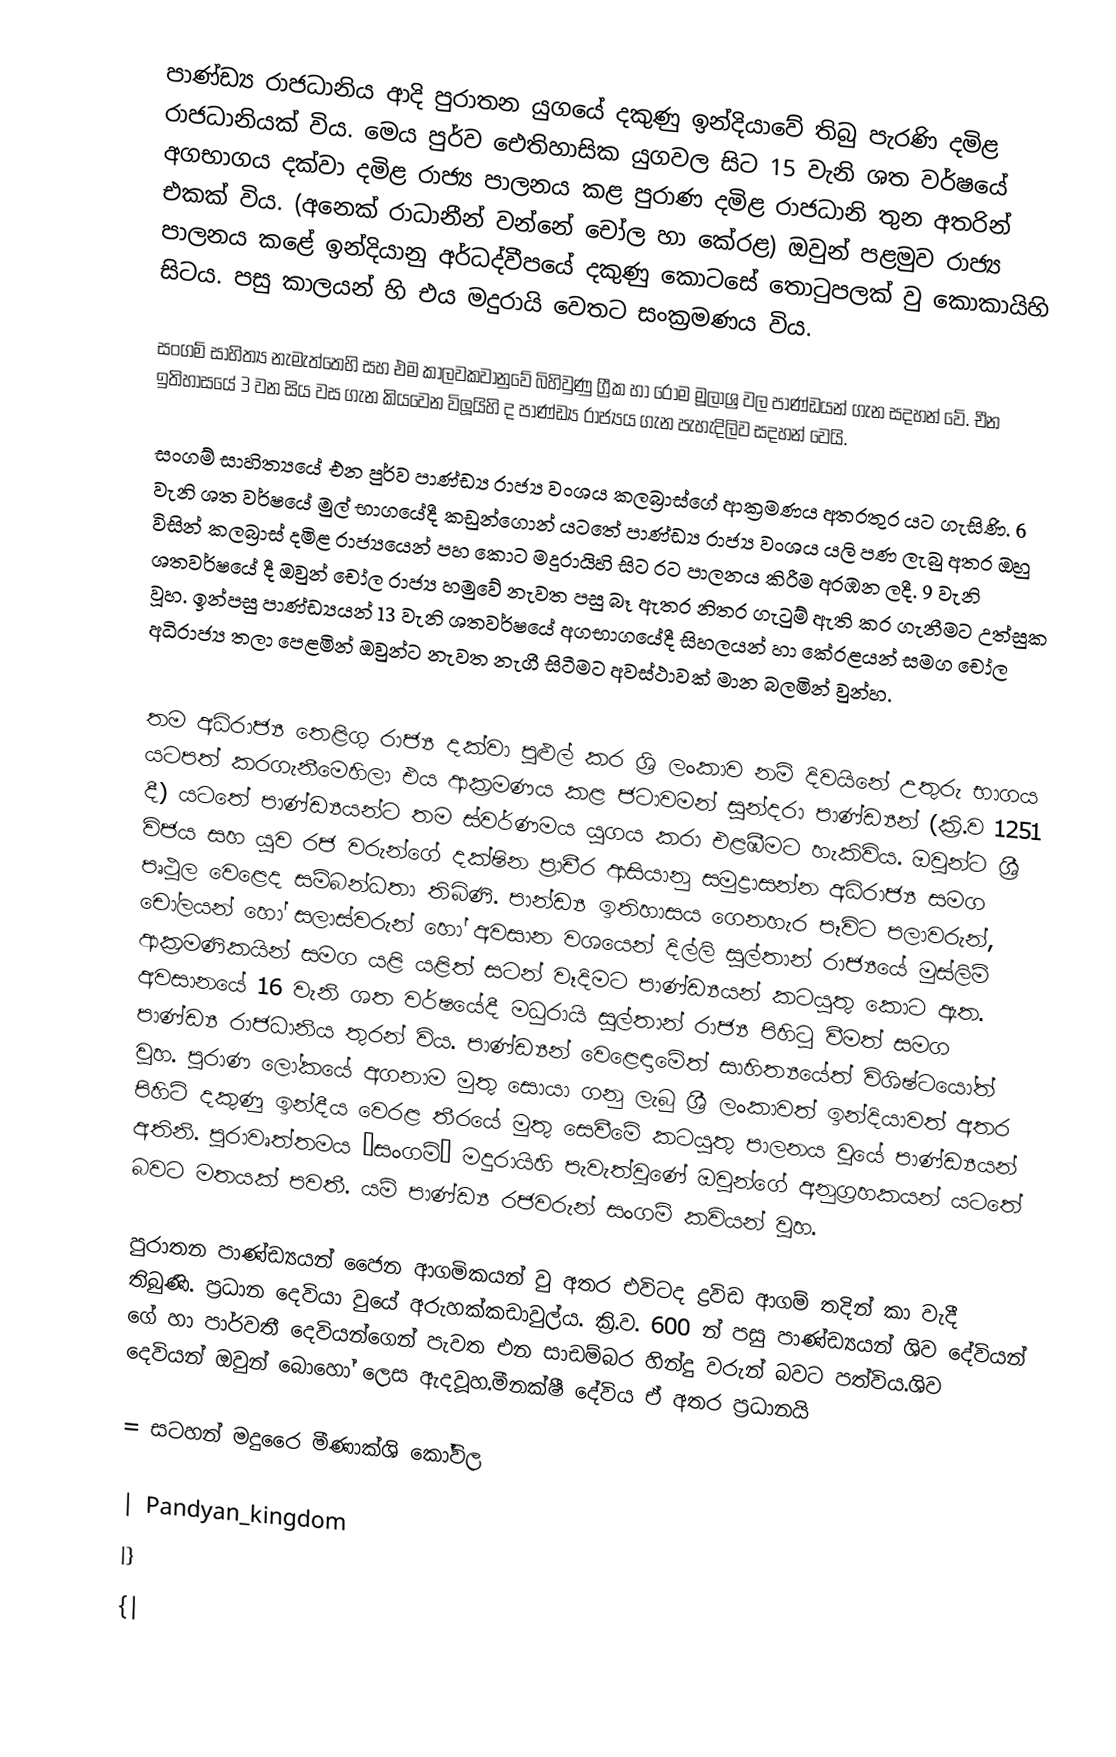
පාණ්ඩ්‍ය රාජධානිය ආදි පුරාතන යුගයේ දකුණු ඉන්දියාවේ තිබු පැරණි දමිළ රාජධානියක් විය. මෙය පුර්ව ඓතිහාසික යුගවල සිට 15 වැනි ශත වර්ෂයේ අගභාගය දක්වා දමිළ රාජ්‍ය පාලනය කළ පුරාණ දමිළ රාජධානි තුන අතරින් එකක් විය. (අනෙක් රාධානීන් වන්නේ චෝල හා කේරළ) ඔවුන් පළමුව රාජ්‍ය පාලනය කළේ ඉන්දියානු අර්ධද්වීපයේ දකුණු කොටසේ තොටුපලක් වු කොකායිහි සිටය. පසු කාලයන් හි එය මදුරායි වෙතට සංක්‍රමණය විය.

සංගම් සාහිත්‍ය නැමැත්තෙහි සහ එම කාලවකවානුවේ බිහිවුණු ග්‍රීක හා රෝම මූලාශ්‍ර වල පාණ්ඩයන් ගැන සදහන් වේ. චීන ඉතිහාසයේ 3 වන සිය වස ගැන කියවෙන විලූයිහි ද පාණ්ඩ්‍ය රාජ්‍යය ගැන පැහැදිලිව සදහන් වෙයි.

සංගම් සාහිත්‍යයේ එන පුර්ව පාණ්ඩ්‍ය රාජ්‍ය වංශය කලබ්‍රාස්ගේ ආක්‍රමණය අතරතුර යට ගැසිණි. 6 වැනි ශත වර්ෂයේ මුල් භාගයේදී කඩුන්ගොන් යටතේ පාණ්ඩ්‍ය රාජ්‍ය වංශය යලි පණ ලැබු අතර ඔහු විසින් කලබ්‍රාස් දමිළ රාජ්‍යයෙන් පහ කොට මදුරායිහි සිට රට පාලනය කිරීම අරඹන ලදී. 9 වැනි ශතවර්ෂයේ දී ඔවුන් චෝල  රාජ්‍ය හමුවේ නැවත පසු බෑ ඇතර නිතර ගැටුම් ඇති කර ගැනීමට උත්සුක වූහ. ඉන්පසු පාණ්ඩ්‍යයන් 13 වැනි ශතවර්ෂයේ අගභාගයේදී සිහලයන් හා කේරළයන් සමග චෝල අධිරාජ්‍ය තලා පෙළමින් ඔවුන්ට නැවත නැගී සිටීමට අවස්ථාවක් මාන බලමින් වුන්හ.

තම අධිරාජ්‍ය තෙළිගු රාජ්‍ය දක්වා පුළුල් කර ශ්‍රි ලංකාව නම් දිවයිනේ උතුරු භාගය යටපත් කරගැනීමෙහිලා එය ආක්‍රමණය කළ ජටාවමන් සුන්දරා පාණ්ඩ්‍යන් (ක්‍රි.ව 1251 දී) යටතේ පාණ්ඩ්‍යයන්ට තම ස්වර්ණමය යුගය කරා එළඹීමට හැකිවිය. ඔවුන්ට ශ්‍රී විජය සහ යුව රජ වරුන්ගේ දක්ෂින ප්‍රාචීර  ආසියානු සමුද්‍රාසන්න අධිරාජ්‍ය සමග පෘථුල වෙළෙද සම්බන්ධතා තිබිණි. පාන්ඩ්‍ය ඉතිහාසය ගෙනහැර පෑවිට පලාවරුන්, චෝලයන් හෝ සලාස්වරුන් හෝ අවසාන වශයෙන් දිල්ලි සුල්තාන් රාජ්‍යයේ මුස්ලිම් ආක්‍රමණිකයින් සමග යළි යළිත් සටන් වෑදිමට පාණ්ඩ්‍යයන් කටයුතු කොට ඇත. අවසානයේ 16 වැනි ශත වර්ෂයේදී මධුරායි සුල්තාන් රාජ්‍ය පිහිටු වීමත් සමග පාණ්ඩ්‍ය රාජධානිය තුරන් විය. පාණ්ඩ්‍යන් වෙළෙඳාමේත් සාහිත්‍යයේත් විශිෂ්ටයෝත් වූහ. පුරාණ ලෝකයේ අගනාම මුතු සොයා ගනු ලැබු ශ්‍රී ලංකාවත් ඉන්දියාවත් අතර පිහිටි දකුණු ඉන්දීය වෙරළ තීරයේ මුතු සෙවීමේ කටයුතු පාලනය වුයේ පාණ්ඩ්‍යයන් අතිනි. පුරාවෘත්තමය “සංගම්” මදුරායිහි පැවැත්වුණේ ඔවුන්ගේ අනුග්‍රහකයන් යටතේ බවට මතයක් පවතී. යම් පාණ්ඩ්‍ය රජවරුන් සංගම් කවියන් වුහ.

පුරාතන පාණ්ඩ්‍යයන් ජෛන ආගමිකයන් වු අතර එවිටද ද්‍රවිඩ ආගම් තදින් කා වැදී තිබුණි. ප්‍රධාන දෙවියා වුයේ අරුහක්කඩාවුල්ය. ක්‍රි.ව. 600 න් පසු පාණ්ඩ්‍යයන් ශිව දේවියන් ගේ හා පාර්වතී දෙවියන්ගෙන් පැවත එන සාඩම්බර හින්දු වරුන් බවට පත්විය.ශිව දෙවියන් ඔවුන් බොහෝ ලෙස ඇදවූහ.මීනක්ෂී දේවිය ඒ අතර ප්‍රධානයි

= සටහන් මදුරෛ මීණාක්ශි කෝවිල

| Pandyan_kingdom
|}
{|